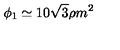
\phi _ { 1 } \simeq 1 0 \sqrt { 3 } \rho m ^ { 2 }